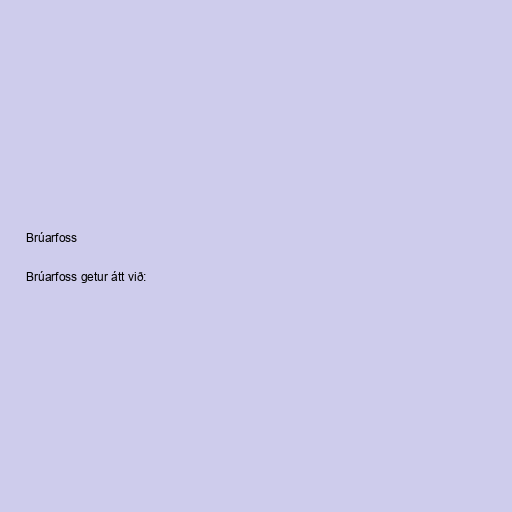
Brúarfoss

Brúarfoss getur átt við: